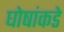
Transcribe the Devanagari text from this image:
घोषांकडे